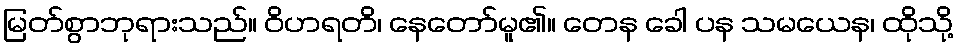
မြတ်စွာဘုရားသည်။ ဝိဟရတိ၊ နေတော်မူ၏။ တေန ခေါ ပန သမယေန၊ ထိုသို့